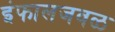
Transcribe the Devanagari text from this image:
इंफालजवळ